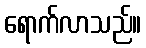
ရောက်လာသည်။